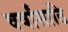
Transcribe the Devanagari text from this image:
वर्षांसाठि